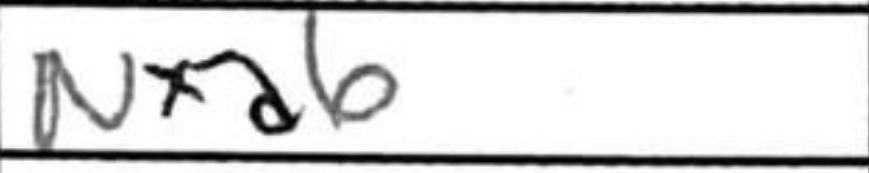
Transcription: Nxa6